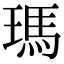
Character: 瑪